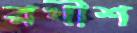
রথীশ